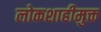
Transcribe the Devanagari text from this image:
लोकशाहीमुक्त